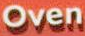
Oven